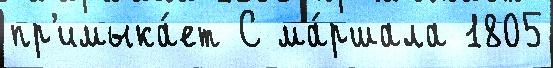
пр'имыка́ет С ма́ршала 1805